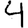
Digit: 4